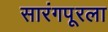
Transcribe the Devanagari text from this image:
सारंगपूरला